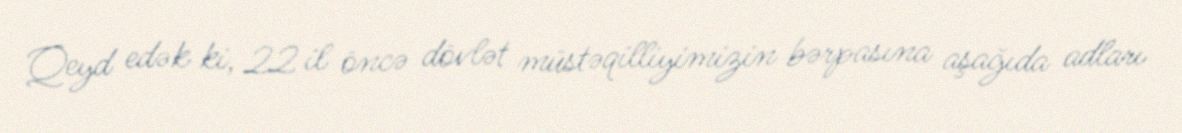
Qeyd edək ki, 22 il öncə dövlət müstəqilliyimizin bərpasına aşağıda adları